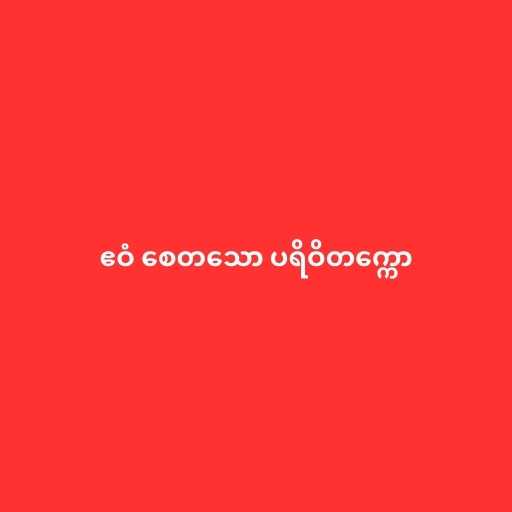
ဧဝံ စေတသော ပရိဝိတက္ကော